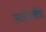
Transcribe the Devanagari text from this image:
स्कोत्लेंड